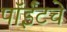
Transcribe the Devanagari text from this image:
पॉईंटचे